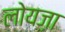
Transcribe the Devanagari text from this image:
लोयज़ा